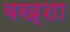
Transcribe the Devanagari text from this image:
बख्‍शा